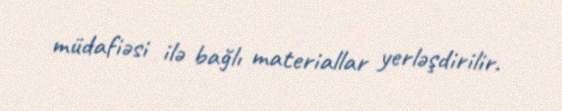
müdafiəsi ilə bağlı materiallar yerləşdirilir.